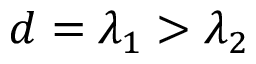
d = \lambda _ { 1 } > \lambda _ { 2 }